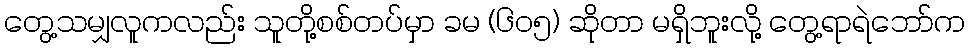
တွေ့သမျှလူကလည်း သူတို့စစ်တပ်မှာ ခမ (၆၀၅) ဆိုတာ မရှိဘူးလို့ တွေ့ရာရဲဘော်က